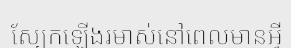
ស្បែកឡើងរមាស់នៅពេលមានអ្វី